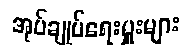
အုပ်ချုပ်ရေးမှူးများ